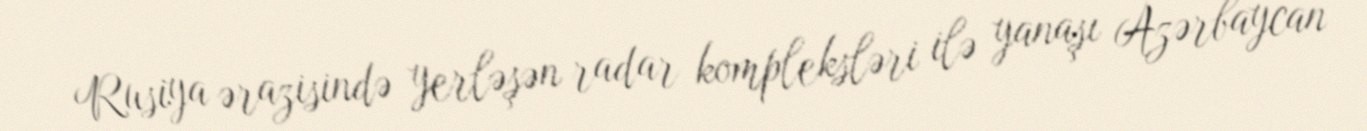
Rusiya ərazisində yerləşən radar kompleksləri ilə yanaşı Azərbaycan